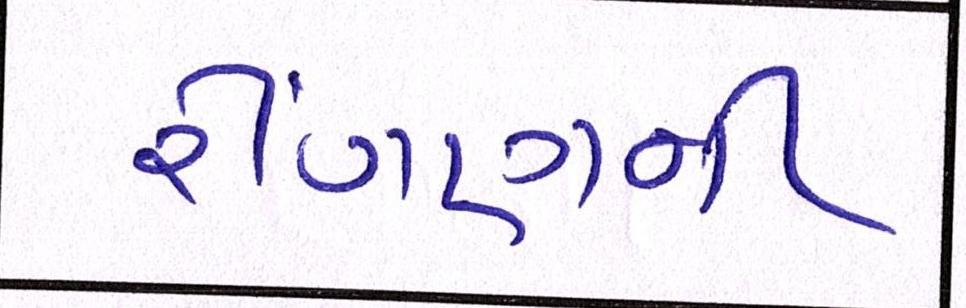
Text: રીંગણની